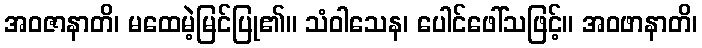
အဝဇာနာတိ၊ မထေမဲ့မြင်ပြု၏။ သံဝါသေန၊ ပေါင်ဖေါ်သဖြင့်။ အဝဖာနာတိ၊